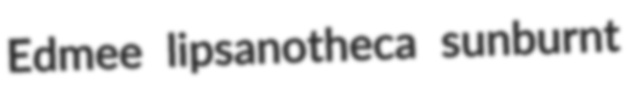
Edmee lipsanotheca sunburnt